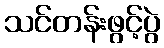
သင်တန်းဖွင့်ပွဲ